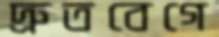
দ্রুতবেগে